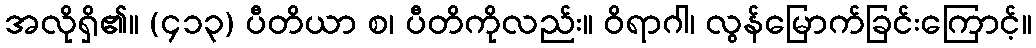
အလိုရှိ၏။ (၄၁၃) ပီတိယာ စ၊ ပီတိကိုလည်း။ ဝိရာဂါ၊ လွန်မြောက်ခြင်းကြောင့်။